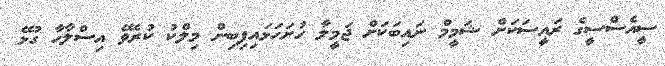
ސީއެސްސީގެ ރައީސަކަށް ޝަމީމް ނައިބަކަށް ޖަމީލާ ހުށަހަޅައިފިބިން މިލްކު ކުރެވޭ އިސްލާހާ ގުޅޭ